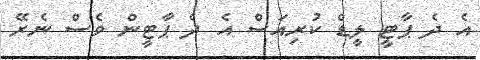
އެ ދެ ޕާޓީ ލީޑް ކުރިއަސް އެ ދެ ޕާޓީން ވެސް ނެރޭ